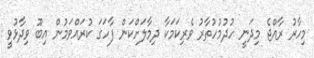
މިހާރު ރާއްޖެ މިދަނީ ހުދުމުހުތާރު ވެރިކަމަކާ ދިމާލަށްކަން ފާހަގަ ކުރައްވަމުން އިބޫ ވިދާޅުވީ